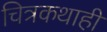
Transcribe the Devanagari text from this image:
चित्रकथाही